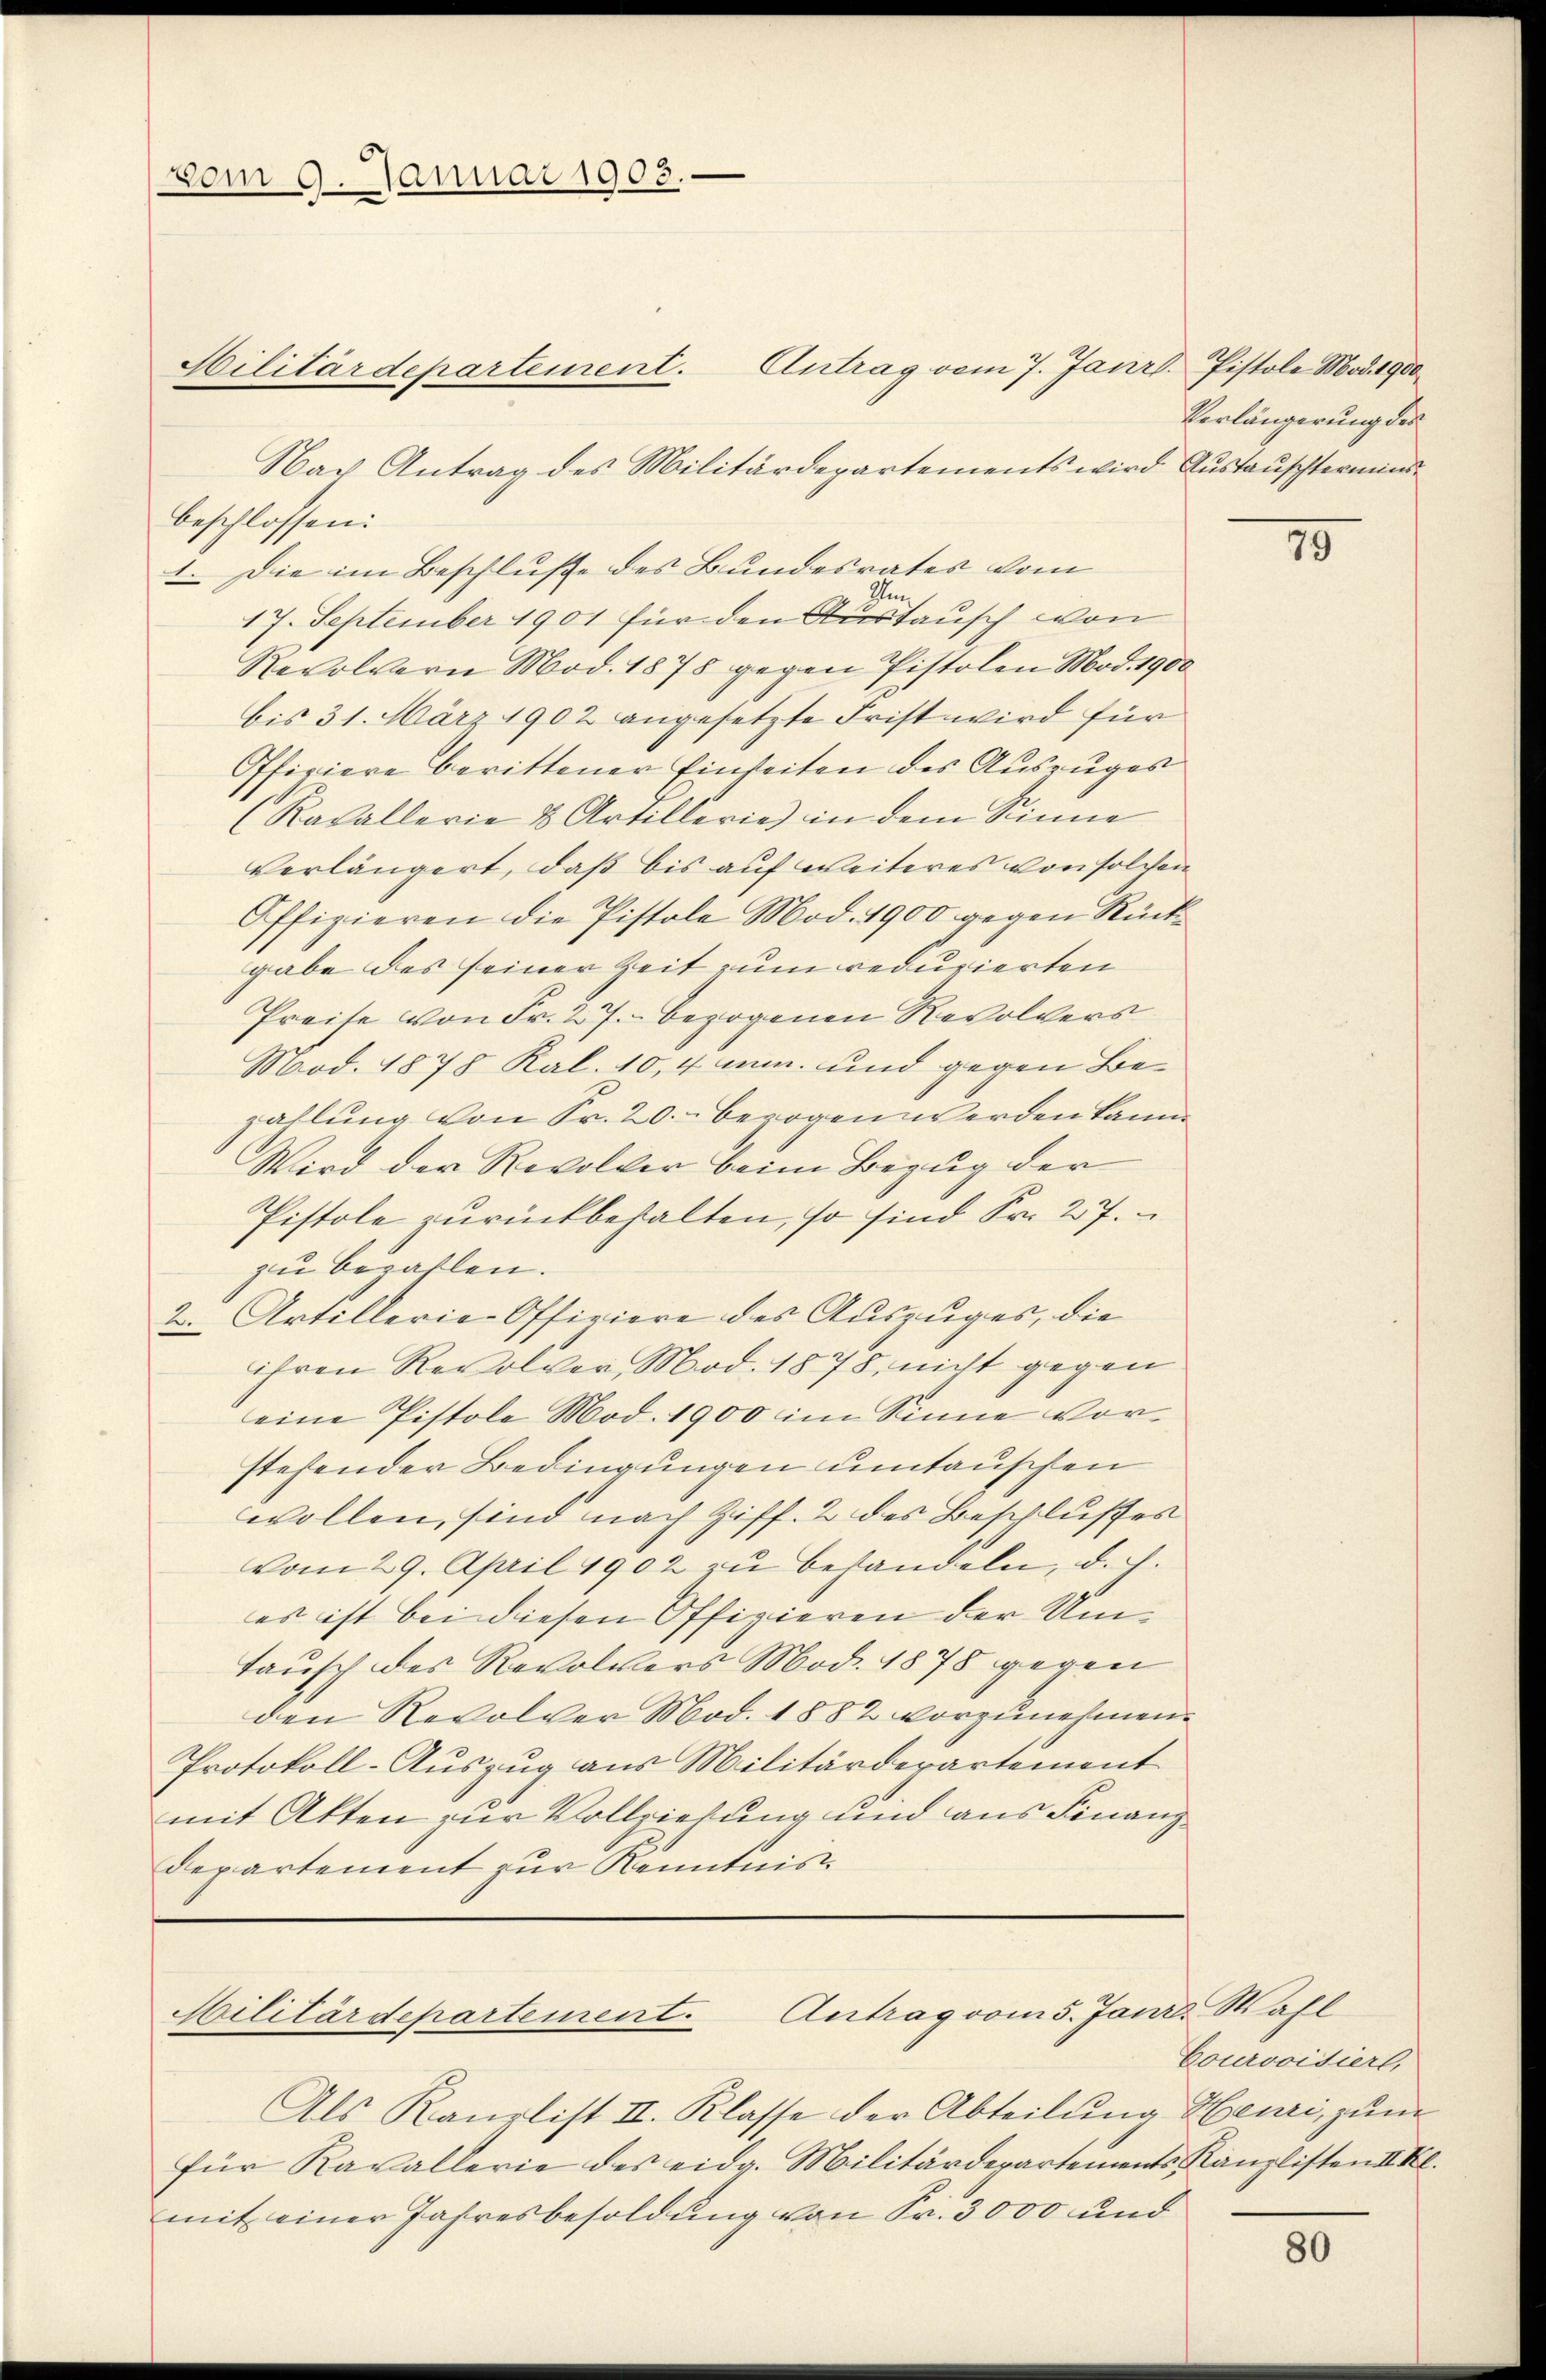
vom 9. Januar 1903.
Militärdepartement.

Nach Antrag des Militärdepartements wird Austauschternand
beschlossen:
1. Die im Beschluße des Bundesrates vom
Ihm
17. September 1901 für den Austausch von
Revolvern Mod. 1875 gegen Pistolen Mad. 1900
bis 31. März 1902 angesetzte Frist wird für
Officiere berittener Einseiten des Auszuges
(Racallerie 8 Artillerie) in dem Sinne
verlängert, daß bis auf weiteres von solchen
Offizieren die Pistole Mod. 1900 gegen Rückgabe des seiner Zeit zum redurierten
Preise von Fr. 27. bezogenen Revolvers
Mod. 1878 Kal. 10,4 mm. und gegen Bezahlung von Sr. 20.- bezogen werden kann
Wird der Revolker beim Bezug der
Pistole zurückbehalten, so sind Sr. 27.
zu bezahlen.
2. Artillerie-Offiziere des Auszuges, die
ihren Revolver Mod. 1878, nicht gegen
eine Pistole Mod. 1900 im Sinne vor
stehender Bedingungen umtauschen
wollen, sind nach Ziff. 2 des Beschlusses
vom 29. April 1902 zu behandeln, d. h.
es ist bei diesen Offizieren der Um¬
Tausch des Revolvers Mod. 1878 gegen
den Revolver Mod. 1882 vorzunehmen.
Protokoll-Auszug aus Militärdepartement
mit Akten zur Vollziehung und aus Finanz
Departement zur Kenntnis

Militärdepartement. Antrag vom 5. Janr. Wahl

Antrag vom 7. Janr. Pistole Mad. 1900.
Verlängerung des

Als Kaurlist II. Klasse der Abteilung Henri, zum
für Kavallerie des eidg. Militärderartements Kanzlisten II Kl.
mit einer Jahresbesoldung von Fr. 3000 und

10

Courvoisiert,

80